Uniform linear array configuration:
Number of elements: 16
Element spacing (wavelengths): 0.25
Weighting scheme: hamming
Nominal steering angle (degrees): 45
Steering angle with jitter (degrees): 43.903
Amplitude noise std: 0.05
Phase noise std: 0.05

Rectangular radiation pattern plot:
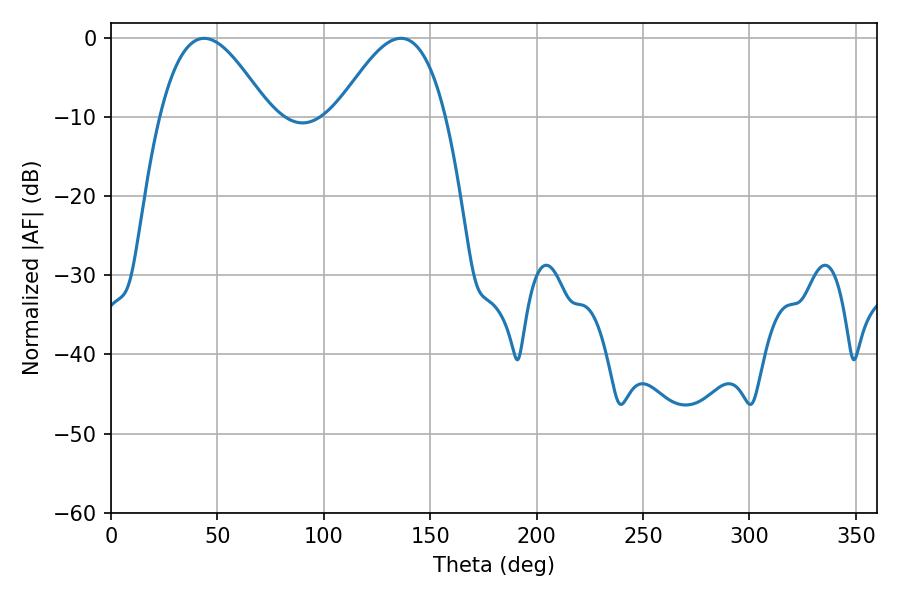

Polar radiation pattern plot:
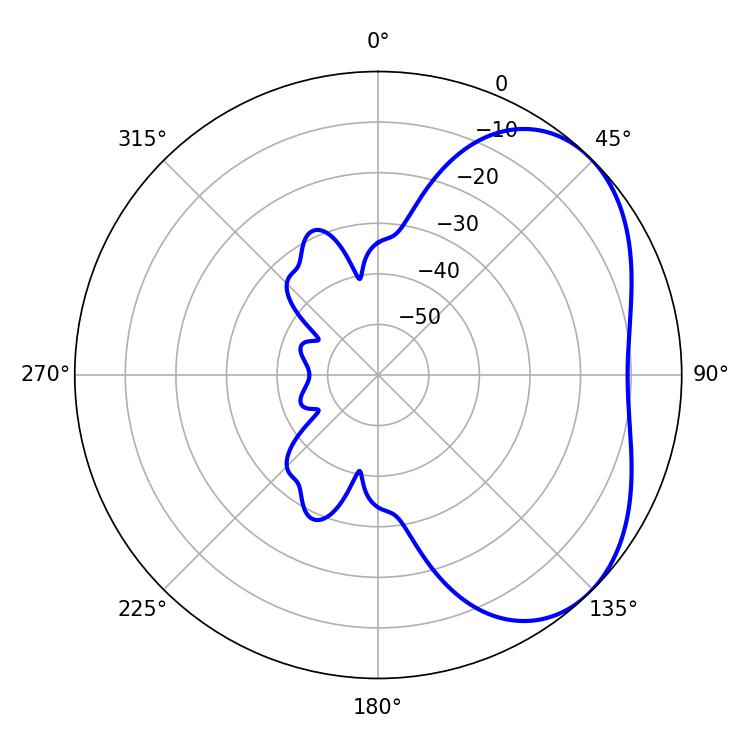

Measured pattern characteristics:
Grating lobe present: FALSE
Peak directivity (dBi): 4.032
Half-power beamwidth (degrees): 27.72
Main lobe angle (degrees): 43.74